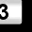
Digit: 3